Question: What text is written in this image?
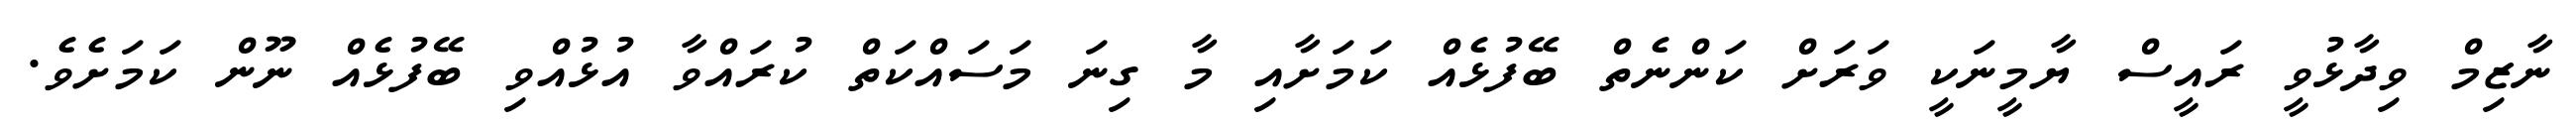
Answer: ނާޒިމް ވިދާޅުވީ ރައީސް ޔާމީނަކީ ވަރަށް ކަންނެތް ބޭފުޅެއް ކަމަށާއި މާ ގިނަ މަސައްކަތް ކުރައްވާ އުޅުއްވި ބޭފުޅެއް ނޫން ކަމަށެވެ.